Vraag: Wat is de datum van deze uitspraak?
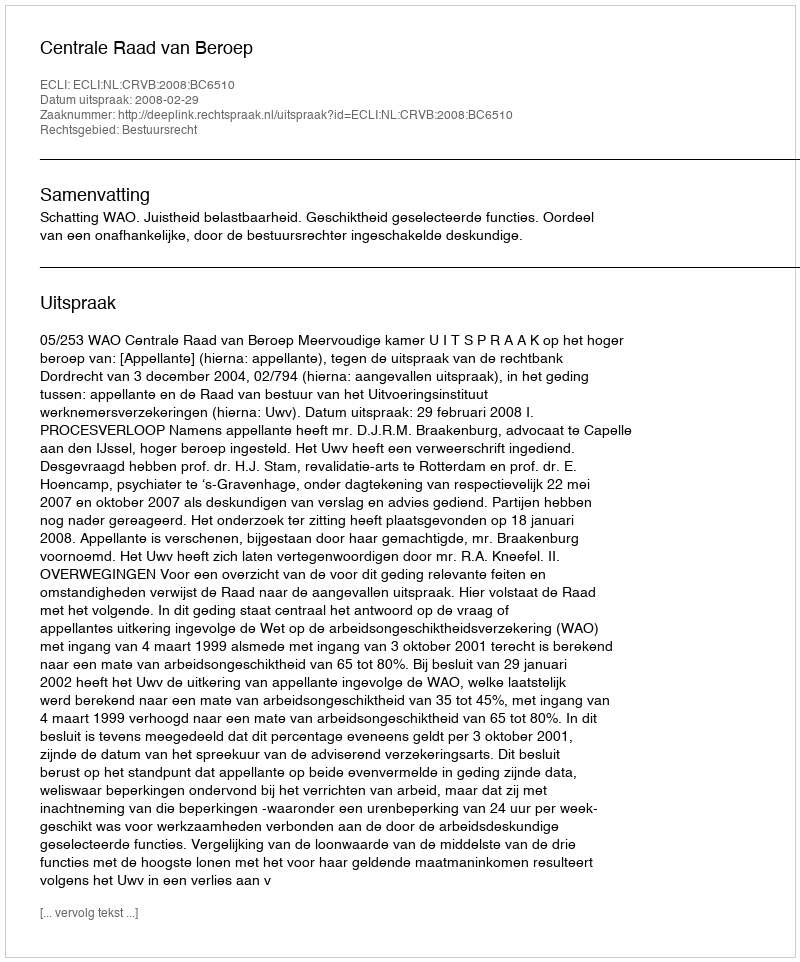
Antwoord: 2008-02-29